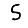
Digit: 5